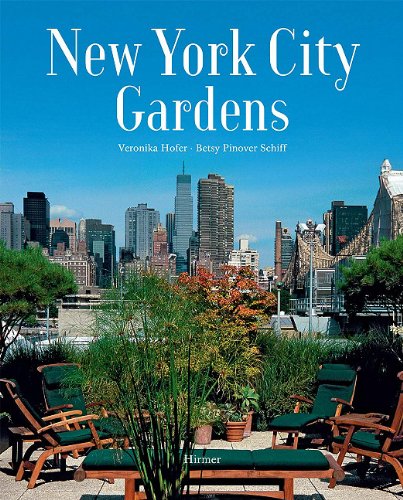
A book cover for New York City Gardens; Veronika Hofer; Arts & Photography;